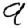
Digit: 9